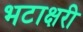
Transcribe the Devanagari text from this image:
भटाक्षरी